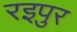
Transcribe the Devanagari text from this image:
रइपुर